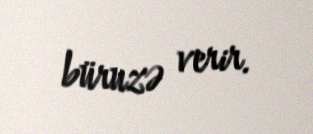
büruzə verir.